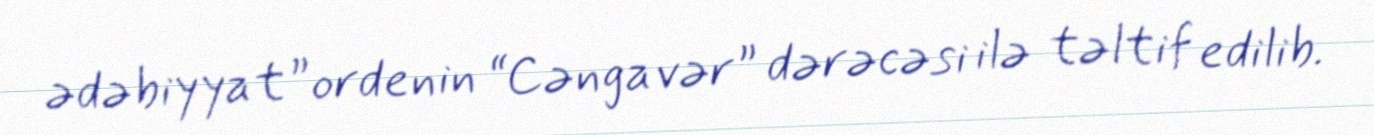
ədəbiyyat” ordenin “Cəngavər” dərəcəsi ilə təltif edilib.